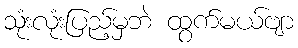
သုံးလုံးပြည့်မှဘဲ ထွက်မယ်ဗျာ